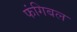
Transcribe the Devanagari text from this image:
फंगिबल